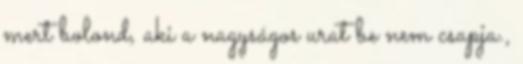
mert bolond, aki a nagyságos urat be nem csapja.,